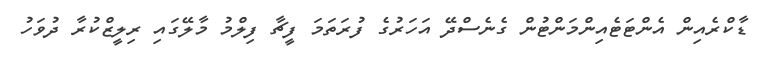
ޑާކްރެއިން އެންޓަޓެއިންމަންޓުން ގެނެސްދޭ އަހަރުގެ ފުރަތަމަ ފީޗާ ފިލްމު މާލޭގައި ރިލީޒްކުރާ ދުވަހު